画像に写った文字を読んでください
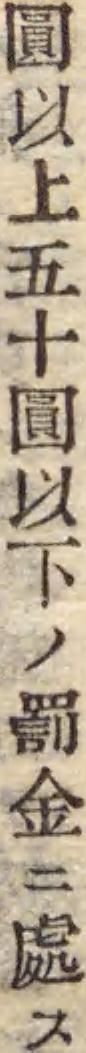
「圓以上五十圓以下ノ罰金ニ處ス」と書いてあります